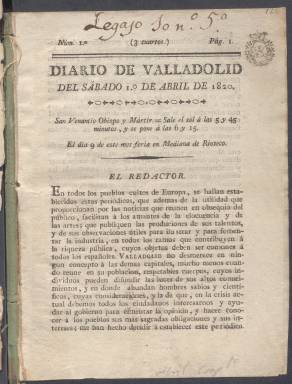
Título: Diario de Valladolid
Colección: Periódicos anteriores a 1850
Ámbito geográfico: Valladolid
Lugar de publicación: Valladolid
Fechas: 01/04/1820-31/05/1820